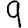
Digit: 9